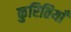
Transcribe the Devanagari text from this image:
कुरितियाँ